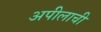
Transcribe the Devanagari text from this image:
अपीलाची